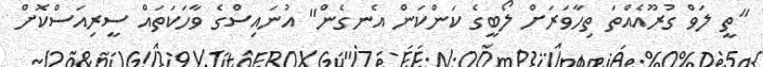
"ތީ ލަވް ގުރޫއެއްތަ ތިހާވަރަށް ލޯބީގެ ކަންކަން އެނގެން" އުނައިސްގެ ވާހަކަތައް ސީރިއަސްކޮށް